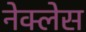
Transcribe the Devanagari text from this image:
नेक्लेस